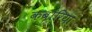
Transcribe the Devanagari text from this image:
कबोरिया